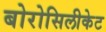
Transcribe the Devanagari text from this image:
बोरोसिलीकेट